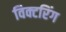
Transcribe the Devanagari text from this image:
विक्टरिंग